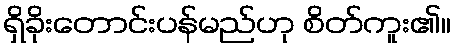
ရှိခိုးတောင်းပန်မည်ဟု စိတ်ကူး၏။